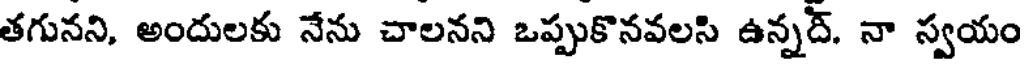
తగునని, అందులకు నేను చాలనని ఒప్పుకొనవలసి ఉన్నద్. నా స్వయం